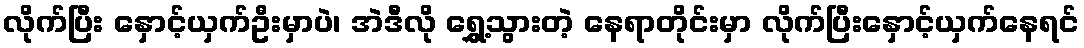
လိုက်ပြီး နှောင့်ယှက်ဦးမှာပဲ၊ အဲဒီလို ရွှေ့သွားတဲ့ နေရာတိုင်းမှာ လိုက်ပြီးနှောင့်ယှက်နေရင်